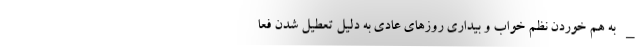
_ به هم خوردن نظم خواب و بیداری روزهای عادی به دلیل تعطیل شدن فعا